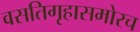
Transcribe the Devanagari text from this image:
वसतिगृहासमोरच